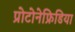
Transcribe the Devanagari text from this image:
प्रोटोनेफ्रिडिया